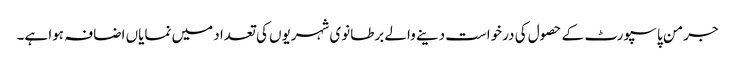
جرمن پاسپورٹ کے حصول کی درخواست دینے والے برطانوی شہریوں کی تعداد میں نمایاں اضافہ ہوا ہے۔